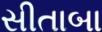
સીતાબા